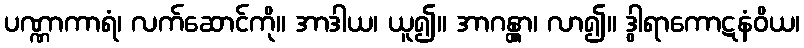
ပဏ္ဏာကာရံ၊ လက်ဆောင်ကို။ အာဒါယ၊ ယူ၍။ အာဂန္တွာ၊ လာ၍။ ဒွါရာကောဋနံဝိယ၊